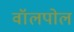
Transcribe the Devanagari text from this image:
वॉलपोल